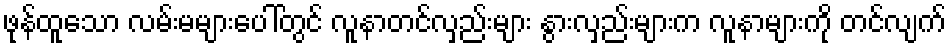
ဖုန်ထူသော လမ်းမများပေါ်တွင် လူနာတင်လှည်းများ နွားလှည်းများက လူနာများကို တင်လျက်